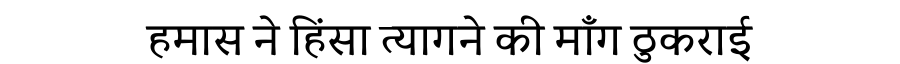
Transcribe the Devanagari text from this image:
हमास ने हिंसा त्यागने की माँग ठुकराई